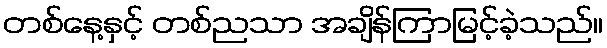
တစ်နေ့နှင့် တစ်ညသာ အချိန်ကြာမြင့်ခဲ့သည်။